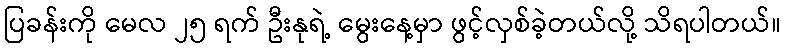
ပြခန်းကို မေလ ၂၅ ရက် ဦးနုရဲ့ မွေးနေ့မှာ ဖွင့်လှစ်ခဲ့တယ်လို့ သိရပါတယ်။